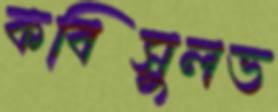
কবিসুলভ